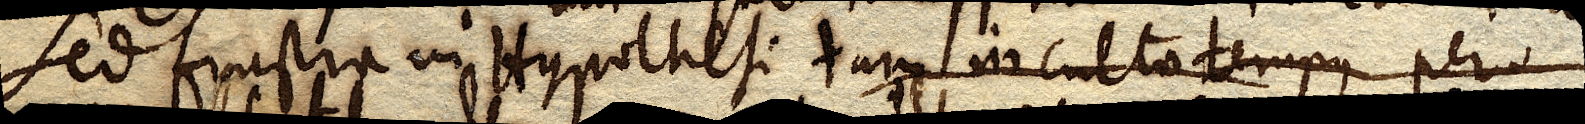
Sed frustra in Hypothesi tam inculta tempus perdi–